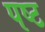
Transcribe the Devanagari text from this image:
पष्ट